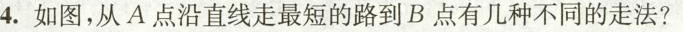
4.如图，从A点沿直线走最短的路到B点有几种不同的走法?